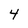
Character: 4